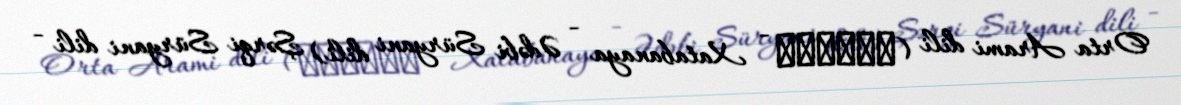
Orta Arami dili (ܟܬܒܢܝܐ - Xatabanaya - Ədəbi Süryani dili) Şərqi Süryani dili -